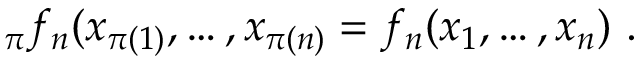
_ \pi f _ { n } ( x _ { \pi ( 1 ) } , \ldots , x _ { \pi ( n ) } = f _ { n } ( x _ { 1 } , \ldots , x _ { n } ) \ .